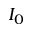
I _ { 0 }